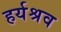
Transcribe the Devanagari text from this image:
हर्यश्रव